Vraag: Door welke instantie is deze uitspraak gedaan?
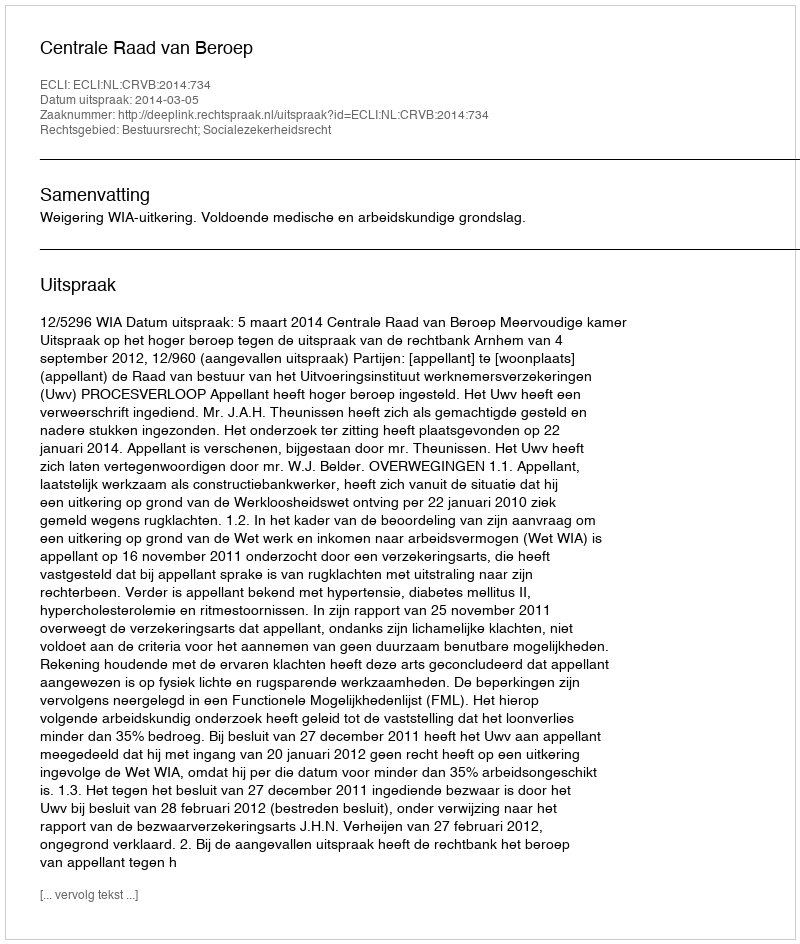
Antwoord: Centrale Raad van Beroep